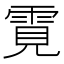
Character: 䨘